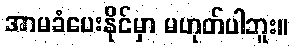
အာမခံပေးနိုင်မှာ မဟုတ်ပါဘူး။